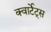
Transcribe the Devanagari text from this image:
क्वार्टेट्स